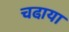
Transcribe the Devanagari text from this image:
चढा़या